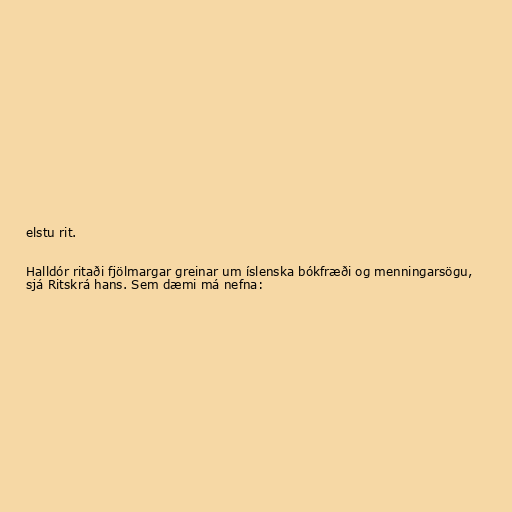
elstu rit.

Halldór ritaði fjölmargar greinar um íslenska bókfræði og menningarsögu,
sjá Ritskrá hans. Sem dæmi má nefna: